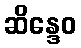
ဆိန္ဒေဝ